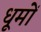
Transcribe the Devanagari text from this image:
धूमों